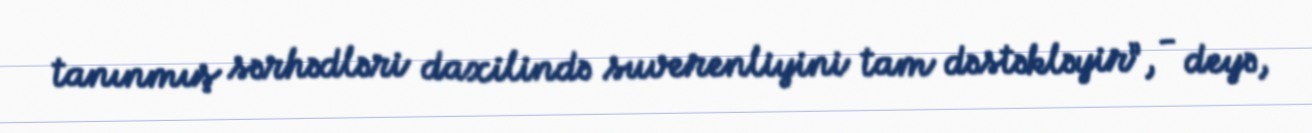
tanınmış sərhədləri daxilində suverenliyini tam dəstəkləyir”, - deyə,